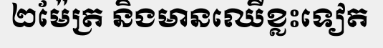
២ម៉ែត្រ និងមានឈើខ្លះទៀត